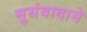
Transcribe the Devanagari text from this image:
सुसंवादाने